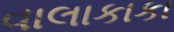
વાલાકાકા